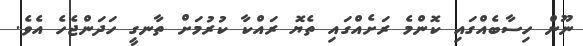
ނޫން ހިސާބެއްގައި ކޮންމެ ރަށެއްގައި ތެޔޮ ރައްކާ ކުރުމަށް ތާނގީ ހަދަންޖެހެ އެވެ.